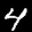
Label: 4